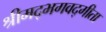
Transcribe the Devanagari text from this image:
श्रीमद्‍भगवद्‍गीता